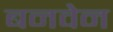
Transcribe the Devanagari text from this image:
बनवेन